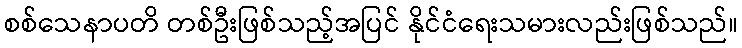
စစ်သေနာပတိ တစ်ဦးဖြစ်သည့်အပြင် နိုင်ငံရေးသမားလည်းဖြစ်သည်။